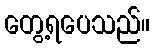
တွေ့ရပေသည်။